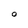
Character: O